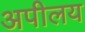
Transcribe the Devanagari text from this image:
अपीलय